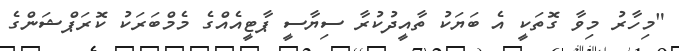
"މިހާރު މިވާ ގޮތަކީ އެ ބަޔަކު ތާއީދުކުރާ ސިޔާސީ ޕާޓީއެއްގެ މެމްބަރަކު ކޮރަޕްޝަންގެ